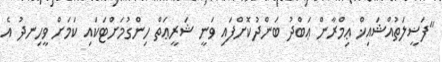
"ފަޟީލަތުއްޝައިޚް ޢިމްރާން ޢަބްދު ބަންދުކޮށްފައި ވަނީ ޝަރީޢަތް ހިންގުމަށްޓަކައި ކަމަށް ވީހިނދު އެ